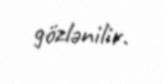
gözlənilir.